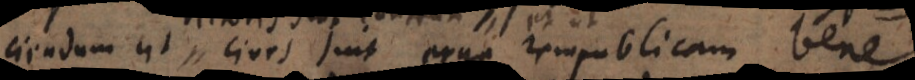
iendum ut cives sint erga rempublicam bene